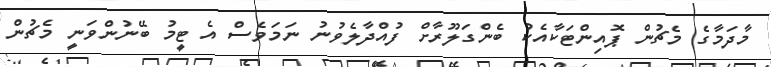
މާދަމާގެ މެޗުން ޕޮއިންޓަކާއެކު ބެންގަލޫރާށް ފުއްދާލެވުނު ނަމަވެސް އެ ޓީމު ބޭނުންވަނީ މެޗުން